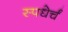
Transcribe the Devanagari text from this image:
स्पधेर्चं